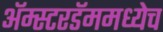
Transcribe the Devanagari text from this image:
अॅम्स्टरडॅममध्येच